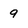
Character: 9